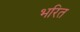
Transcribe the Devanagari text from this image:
भरित